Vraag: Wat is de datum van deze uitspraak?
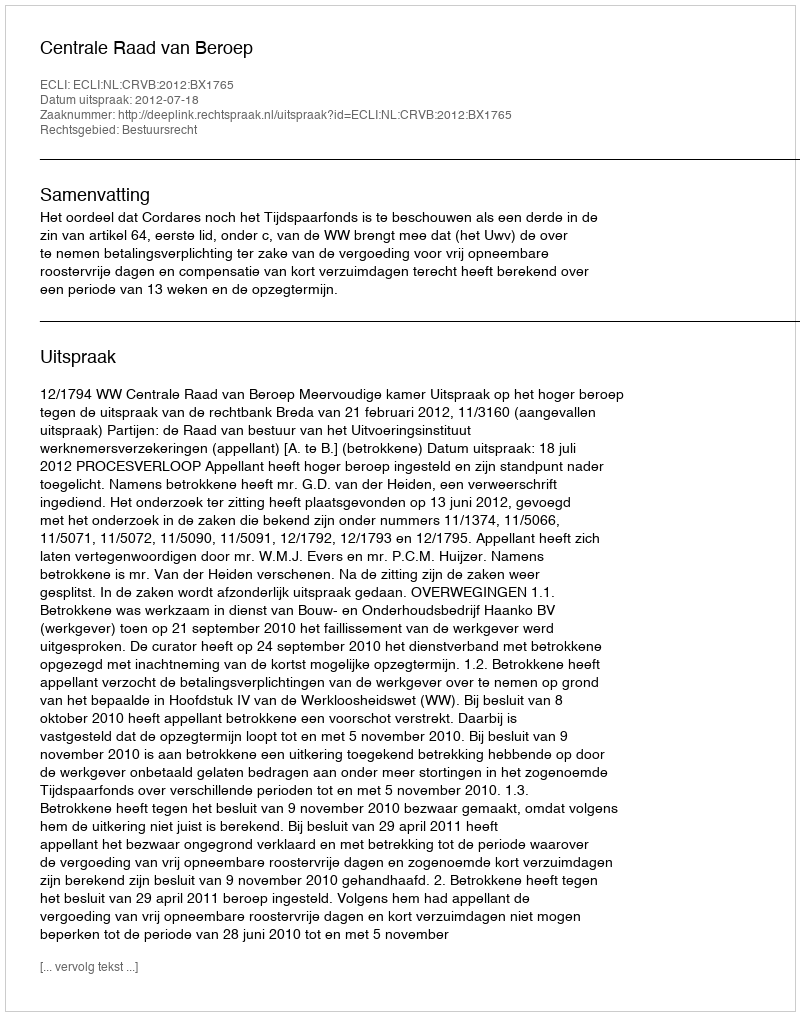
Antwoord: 2012-07-18